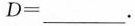
D=_____。